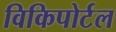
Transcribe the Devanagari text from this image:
विकिपोर्टल